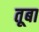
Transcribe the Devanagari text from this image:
तूबा